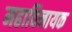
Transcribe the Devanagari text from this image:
महाविनायक